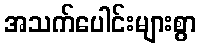
အသက်ပေါင်းများစွာ